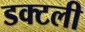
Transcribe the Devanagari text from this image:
डक्टली